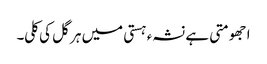
ا جھومتی ہے نشہء ہستی میں ہر گل کی کلی۔